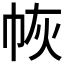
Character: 𭘛